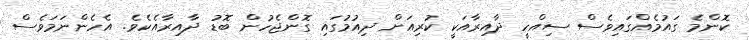
ކޮންމެ ގައުމެއްގައިވެސް ސިއްހީ ދާއިރާއަކީ ކުރިއަށް ދިއުމުގައި ގޮންޖެހުން ބޮޑު ދާއިރާއެކެވެ. އެހެންނަމަވެސް